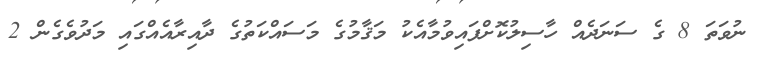
ނުވަތަ 8 ގެ ސަނަދެއް ހާސިލުކޮށްފައިވުމާއެކު މަޤާމުގެ މަސައްކަތުގެ ދާއިރާއެއްގައި މަދުވެގެން 2